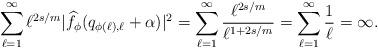
LaTeX: \begin{align*}\sum_{\ell=1}^{\infty}\ell^{2s/m}|{\widehat f}_{\phi}(q_{\phi(\ell),\ell}+\alpha)|^2=\sum_{\ell=1}^{\infty}\frac{\ell^{2s/m}}{\ell^{1+2s/m}}=\sum_{\ell=1}^{\infty}\frac{1}{\ell}=\infty.\end{align*}